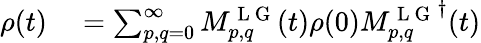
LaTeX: \begin{array}{rl}{\rho(t)}&{{}=\sum_{p,q=0}^{\infty}M_{p,q}^{\mathrm{~L~G~}}(t)\rho(0){M_{p,q}^{\mathrm{~L~G~}}}^{\dagger}(t)}\end{array}